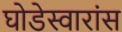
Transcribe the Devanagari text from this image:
घोडेस्वारांस